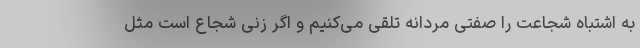
به اشتباه شجاعت را صفتی مردانه تلقی می‌کنیم و اگر زنی شجاع است مثل